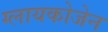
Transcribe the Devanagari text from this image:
ग्लायकोजेन